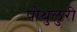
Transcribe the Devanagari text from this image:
पोथुलुरी